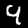
Label: 9